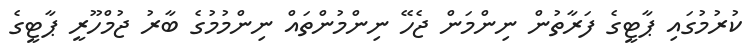
ކުރުމުގައި ޕާޓީގެ ފަރާތުން ނިންމަން ޖެހޭ ނިންމުންތައް ނިންމުމުގެ ބާރު ޖުމްހޫރީ ޕާޓީގެ